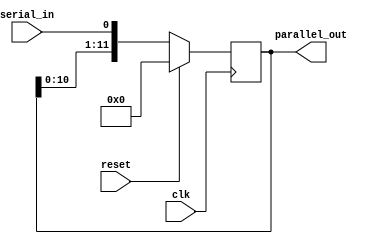
module serial_to_parallel(clk,reset,serial_in,parallel_out);
input clk, reset, serial_in;
output reg [11:0] parallel_out;
initial
begin
parallel_out <= 12'b0;
end
always @(posedge clk)
if (reset == 1)
begin
parallel_out <= 12'b0;
end
else parallel_out <= {parallel_out[10:0],serial_in}; //concentration
endmodule